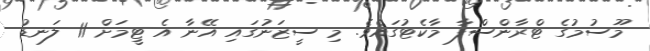
މޫސުމުގެ ޓްރާންސްފާ މާކެޓުގައެވެ. މި ސީޒަނުގައި އޭނާ އެ ޓީމަށް 11 ލަނޑު